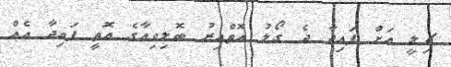
ޗިލީ އަށް ފައިދާ ދެ ގޯލު އޮތްއިރު ބޮލިވިއާގެ އޮތީ ފައިދާ އެއް